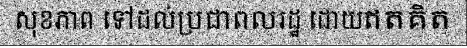
សុខភាព ទៅដល់ប្រជាពលរដ្ឋ ដោយឥតគិត